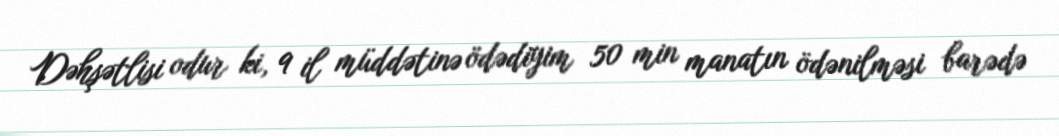
Dəhşətlisi odur ki, 9 il müddətinə ödədiyim 50 min manatın ödənilməsi barədə